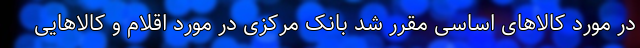
در مورد کالاهای اساسی مقرر شد بانک مرکزی در مورد اقلام و کالاهایی